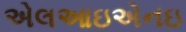
એલઆઇએનઇ